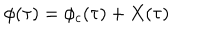
\phi ( \tau ) = \phi _ { c } ( \tau ) + X ( \tau )